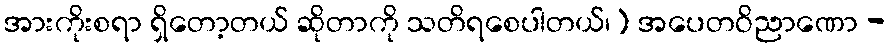
အားကိုးစရာ ရှိတော့တယ် ဆိုတာကို သတိရစေပါတယ်၊) အပေတဝိညာဏော -